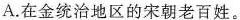
A.在金统治地区的宋朝老百姓。